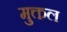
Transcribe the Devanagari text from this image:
मुक्तल